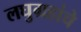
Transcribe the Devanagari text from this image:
लघुग्रहांचे